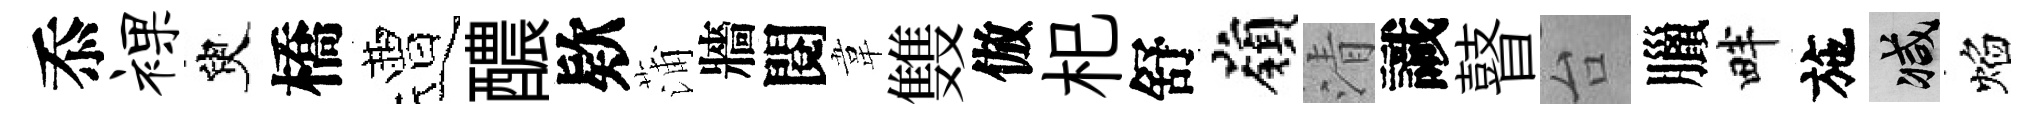
忝裸臾橋遭醲欵蒲牆閱韋䨇倣𣏌舒嶺清識瞽台臘畔施减焰